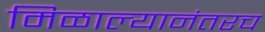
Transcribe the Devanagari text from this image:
मिळाल्यानंतरच